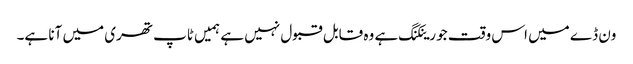
ون ڈے میں اس وقت جو رینکنگ ہے وہ قابل قبول نہیں ہے ہمیں ٹاپ تھری میں آنا ہے۔